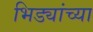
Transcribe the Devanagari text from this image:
भिड्यांच्या